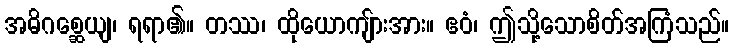
အဓိဂစ္ဆေယျ၊ ရရာ၏။ တဿ၊ ထိုယောကျ်ားအား။ ဧဝံ၊ ဤသို့သောစိတ်အကြံသည်။